Papaver somniferum - Opium : an extract from the sixth volume of the Dictionary of Economic Products of India
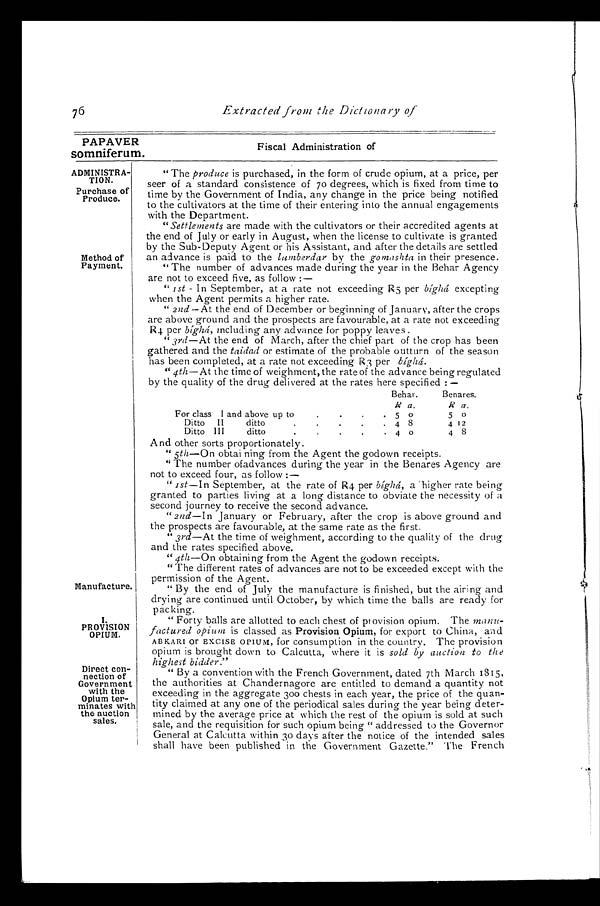
PAPAVER
somniferum.
Fiscal Administration of
ADMINISTRA-
TION.
Purchase of
Produce.
I. PROVISION
OPIUM.
Direct con-
nection of
Government
with the
Opium ter-
minates with
the auction
sales.
7 6
Extracted from the Dictionary of
Method of
Payment.
Manufacture.
" The produce is purchased, in the form of crude opium, at a price, per
seer of a standard consistence of 70 degrees, which is fixed from time to
time by the Government of India, any change in the price being notified
to the cultivators at the time of their entering into the annual engagements
with the Department.
"Settlements are made with the cultivators or their accredited agents at
the end of July or early in August, when the license to cultivate is granted
by the Sub-Deputy Agent or his Assistant, and after the details are settled
an advance is paid to the lumberdar by the gomashta in their presence.
"The number of advances made during the year in the Behar Agency
are not to exceed five, as follow :—
"1st – In September, at a rate not exceeding R5 per bίghá excepting
when the Agent permits a higher rate.
" 2nd – At the end of December or beginning of January, after the crops
are above ground and the prospects are favourable, at a rate not exceeding
R4 per bί g h á ,i
n c l u d i n g a n y a d v a n c e f o r p o p p y l e a v e s .
" 3rd—At the end of March, after the chief part of the crop has been
gathered and the taidad or estimate of the probable outturn of the season
has been completed, at a rate not exceeding R3 per bίghá.
"4th—At the time of weighment, the rate of the advance being regulated
by the quality of the drug delivered at the rates here specified : —
Behar.
Benares
R a.
R a .
For class I and above up to . . . 5 0
5 0
Ditto
II
d i t t o . . .
4 8
4 1 2
Ditto III
ditto
4 0
4 0
4 0
4 8
And other sorts proportionately.
" 5th—On obtai ning from the Agent the godown receipts.
" The number ofadvances during the year in the Benares Agency are
not to exceed four, as follow :
—
" 1st—I n September, at the rate of R4 per bíghá, a 'higher rate being
granted to parties living at a long distance to obviate the necessity of a
second journey to receive the second advance.
"2nd—In January or February, after the crop is above ground and
the prospects are favourable, at the same rate as the first.
" 3rd—At the time of weighment, according to the quality of the drug
and the rates specified above.
"4th—On obtaining from the Agent the godown receipts.
" The different rates of advances are not to be exceeded except with the
permission of the Agent.
" By the end of July the manufacture is finished, but the airing and
drying are continued until October, by which time the balls are ready for
packing.
" Forty balls are allotted to each chest of provision opium. The
m a n u
- f a c t u r e d o p i u m
i s c l a s s e d a s P r o v i s i o n O p i u m , f o r e x p o r t t o C h i n a , a n d
ABKARI or EXCISE OPIUM, for consumption in the country. The provision
opium is brought down to Calcutta, where it is sold by auction to the
highest bidder."
By a convention with the French Government, dated 7th March. 1815,
the authorities at Chandernagore are entitled to demand a quantity not
exceeding in the aggregate 300 chests in each year, the price of the quan-
tity claimed at any one of the periodical sales during the year being deter-
mined by the average price at which the rest of the opium is sold at such
sale, and the requisition for such opium being " addressed to the Governor
General at Calcutta within 30 days after the notice of the intended sales
shall have been published in the Government Gazette." The French